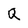
Character: Q